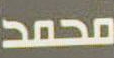
محمد